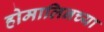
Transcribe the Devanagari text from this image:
होमालिनच्या